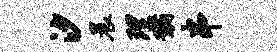
汐晨理黼串